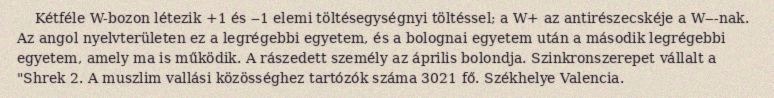
Kétféle W-bozon létezik +1 és ‒1 elemi töltésegységnyi töltéssel; a W+ az antirészecskéje a W‒-nak. Az angol nyelvterületen ez a legrégebbi egyetem, és a bolognai egyetem után a második legrégebbi egyetem, amely ma is működik. A rászedett személy az április bolondja. Szinkronszerepet vállalt a "Shrek 2. A muszlim vallási közösséghez tartózók száma 3021 fő. Székhelye Valencia.